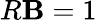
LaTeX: R\mathbf{B}=1